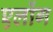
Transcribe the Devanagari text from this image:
एलोंग